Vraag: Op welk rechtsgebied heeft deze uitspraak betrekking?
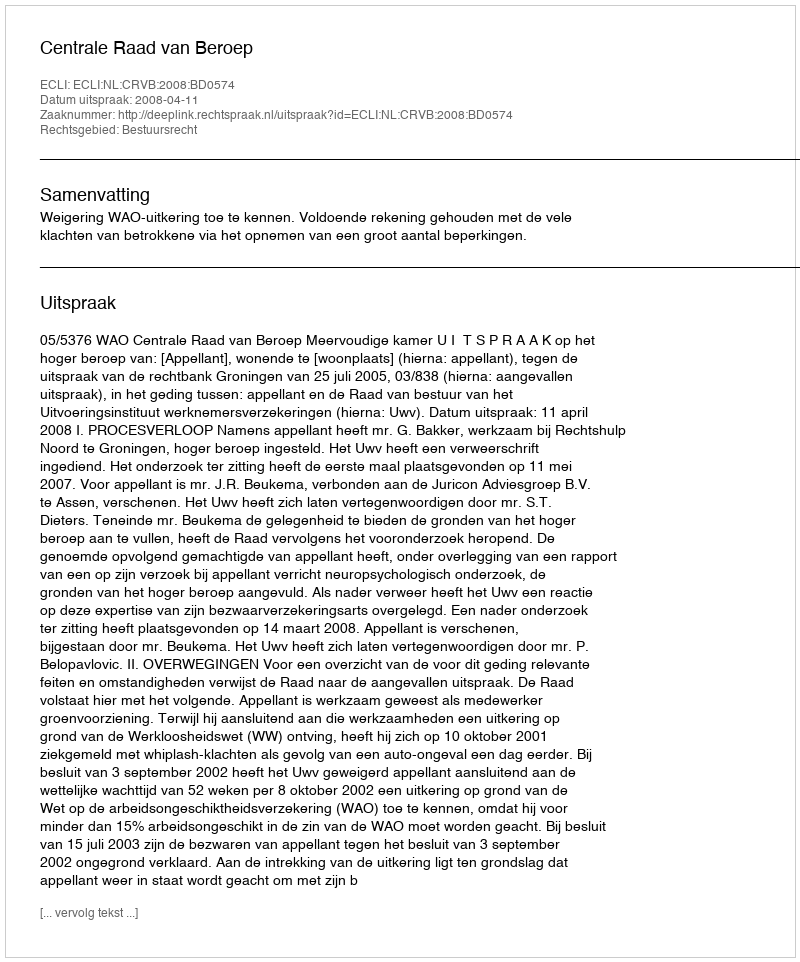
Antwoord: Bestuursrecht